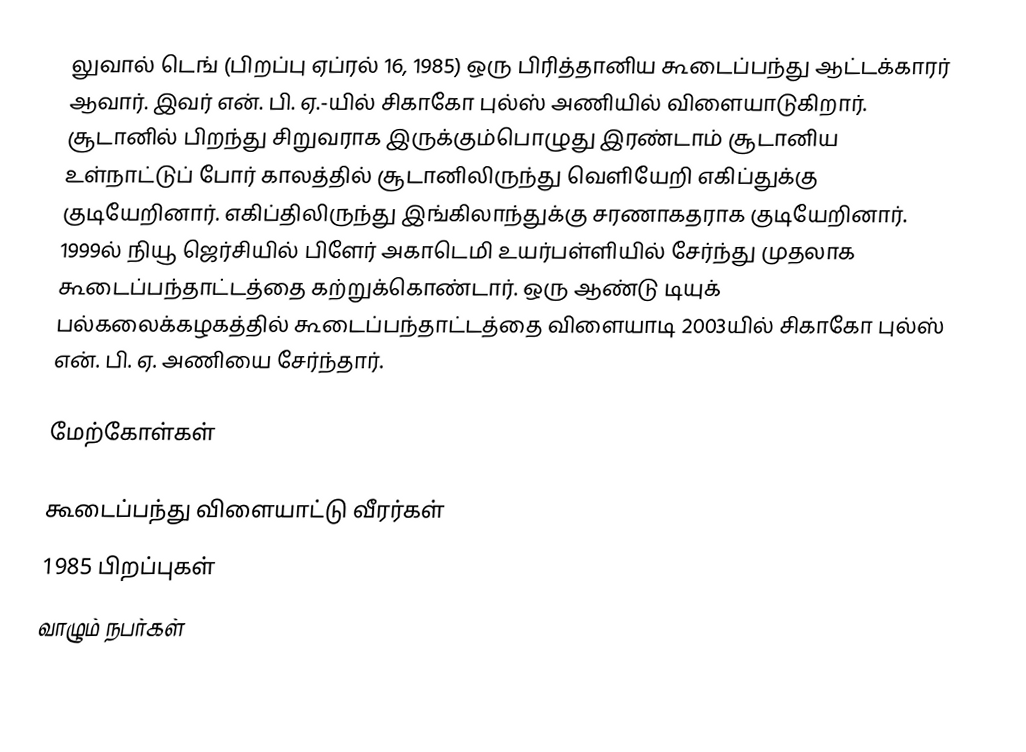
லுவால் டெங் (பிறப்பு ஏப்ரல் 16, 1985) ஒரு பிரித்தானிய கூடைப்பந்து ஆட்டக்காரர் ஆவார். இவர் என். பி. ஏ.-யில் சிகாகோ புல்ஸ் அணியில் விளையாடுகிறார். சூடானில் பிறந்து சிறுவராக இருக்கும்பொழுது இரண்டாம் சூடானிய உள்நாட்டுப் போர் காலத்தில் சூடானிலிருந்து வெளியேறி எகிப்துக்கு குடியேறினார். எகிப்திலிருந்து இங்கிலாந்துக்கு சரணாகதராக குடியேறினார். 1999ல் நியூ ஜெர்சியில் பிளேர் அகாடெமி உயர்பள்ளியில் சேர்ந்து முதலாக கூடைப்பந்தாட்டத்தை கற்றுக்கொண்டார். ஒரு ஆண்டு டியுக் பல்கலைக்கழகத்தில் கூடைப்பந்தாட்டத்தை விளையாடி 2003யில் சிகாகோ புல்ஸ் என். பி. ஏ. அணியை சேர்ந்தார்.

மேற்கோள்கள்

கூடைப்பந்து விளையாட்டு வீரர்கள்
1985 பிறப்புகள்
வாழும் நபர்கள்